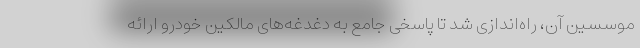
موسسین آن، راه‌اندازی شد تا پاسخی جامع به دغدغه‌های مالکین خودرو ارائه